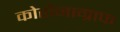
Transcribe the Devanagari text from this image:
कोरोनाग्राफ